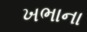
ખભાના